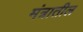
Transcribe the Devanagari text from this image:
मंत्रातील